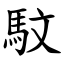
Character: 馼